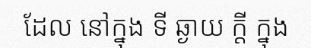
ដែល នៅក្នុង ទី ឆ្ងាយ ក្តី ក្នុង